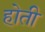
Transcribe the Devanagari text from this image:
होती